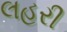
લહરી